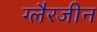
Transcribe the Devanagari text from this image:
ग्लैरजीन